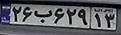
۲۶ب۶۲۹۱۳